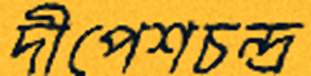
দীপেশচন্দ্র